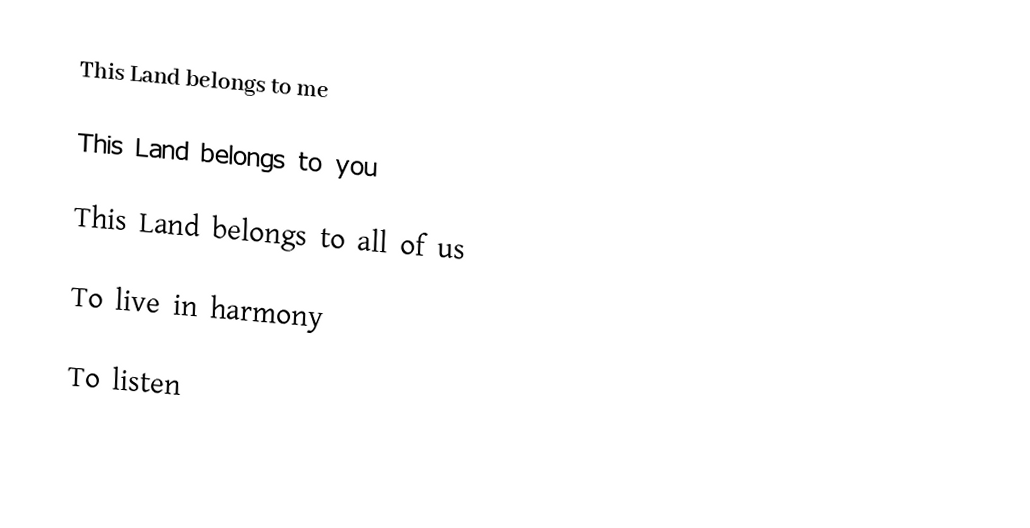
This Land belongs to me

This Land belongs to you

This Land belongs to all of us

To live in harmony

To listen